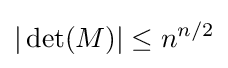
|\operatorname {det} (M)|\leq n^{n/2}